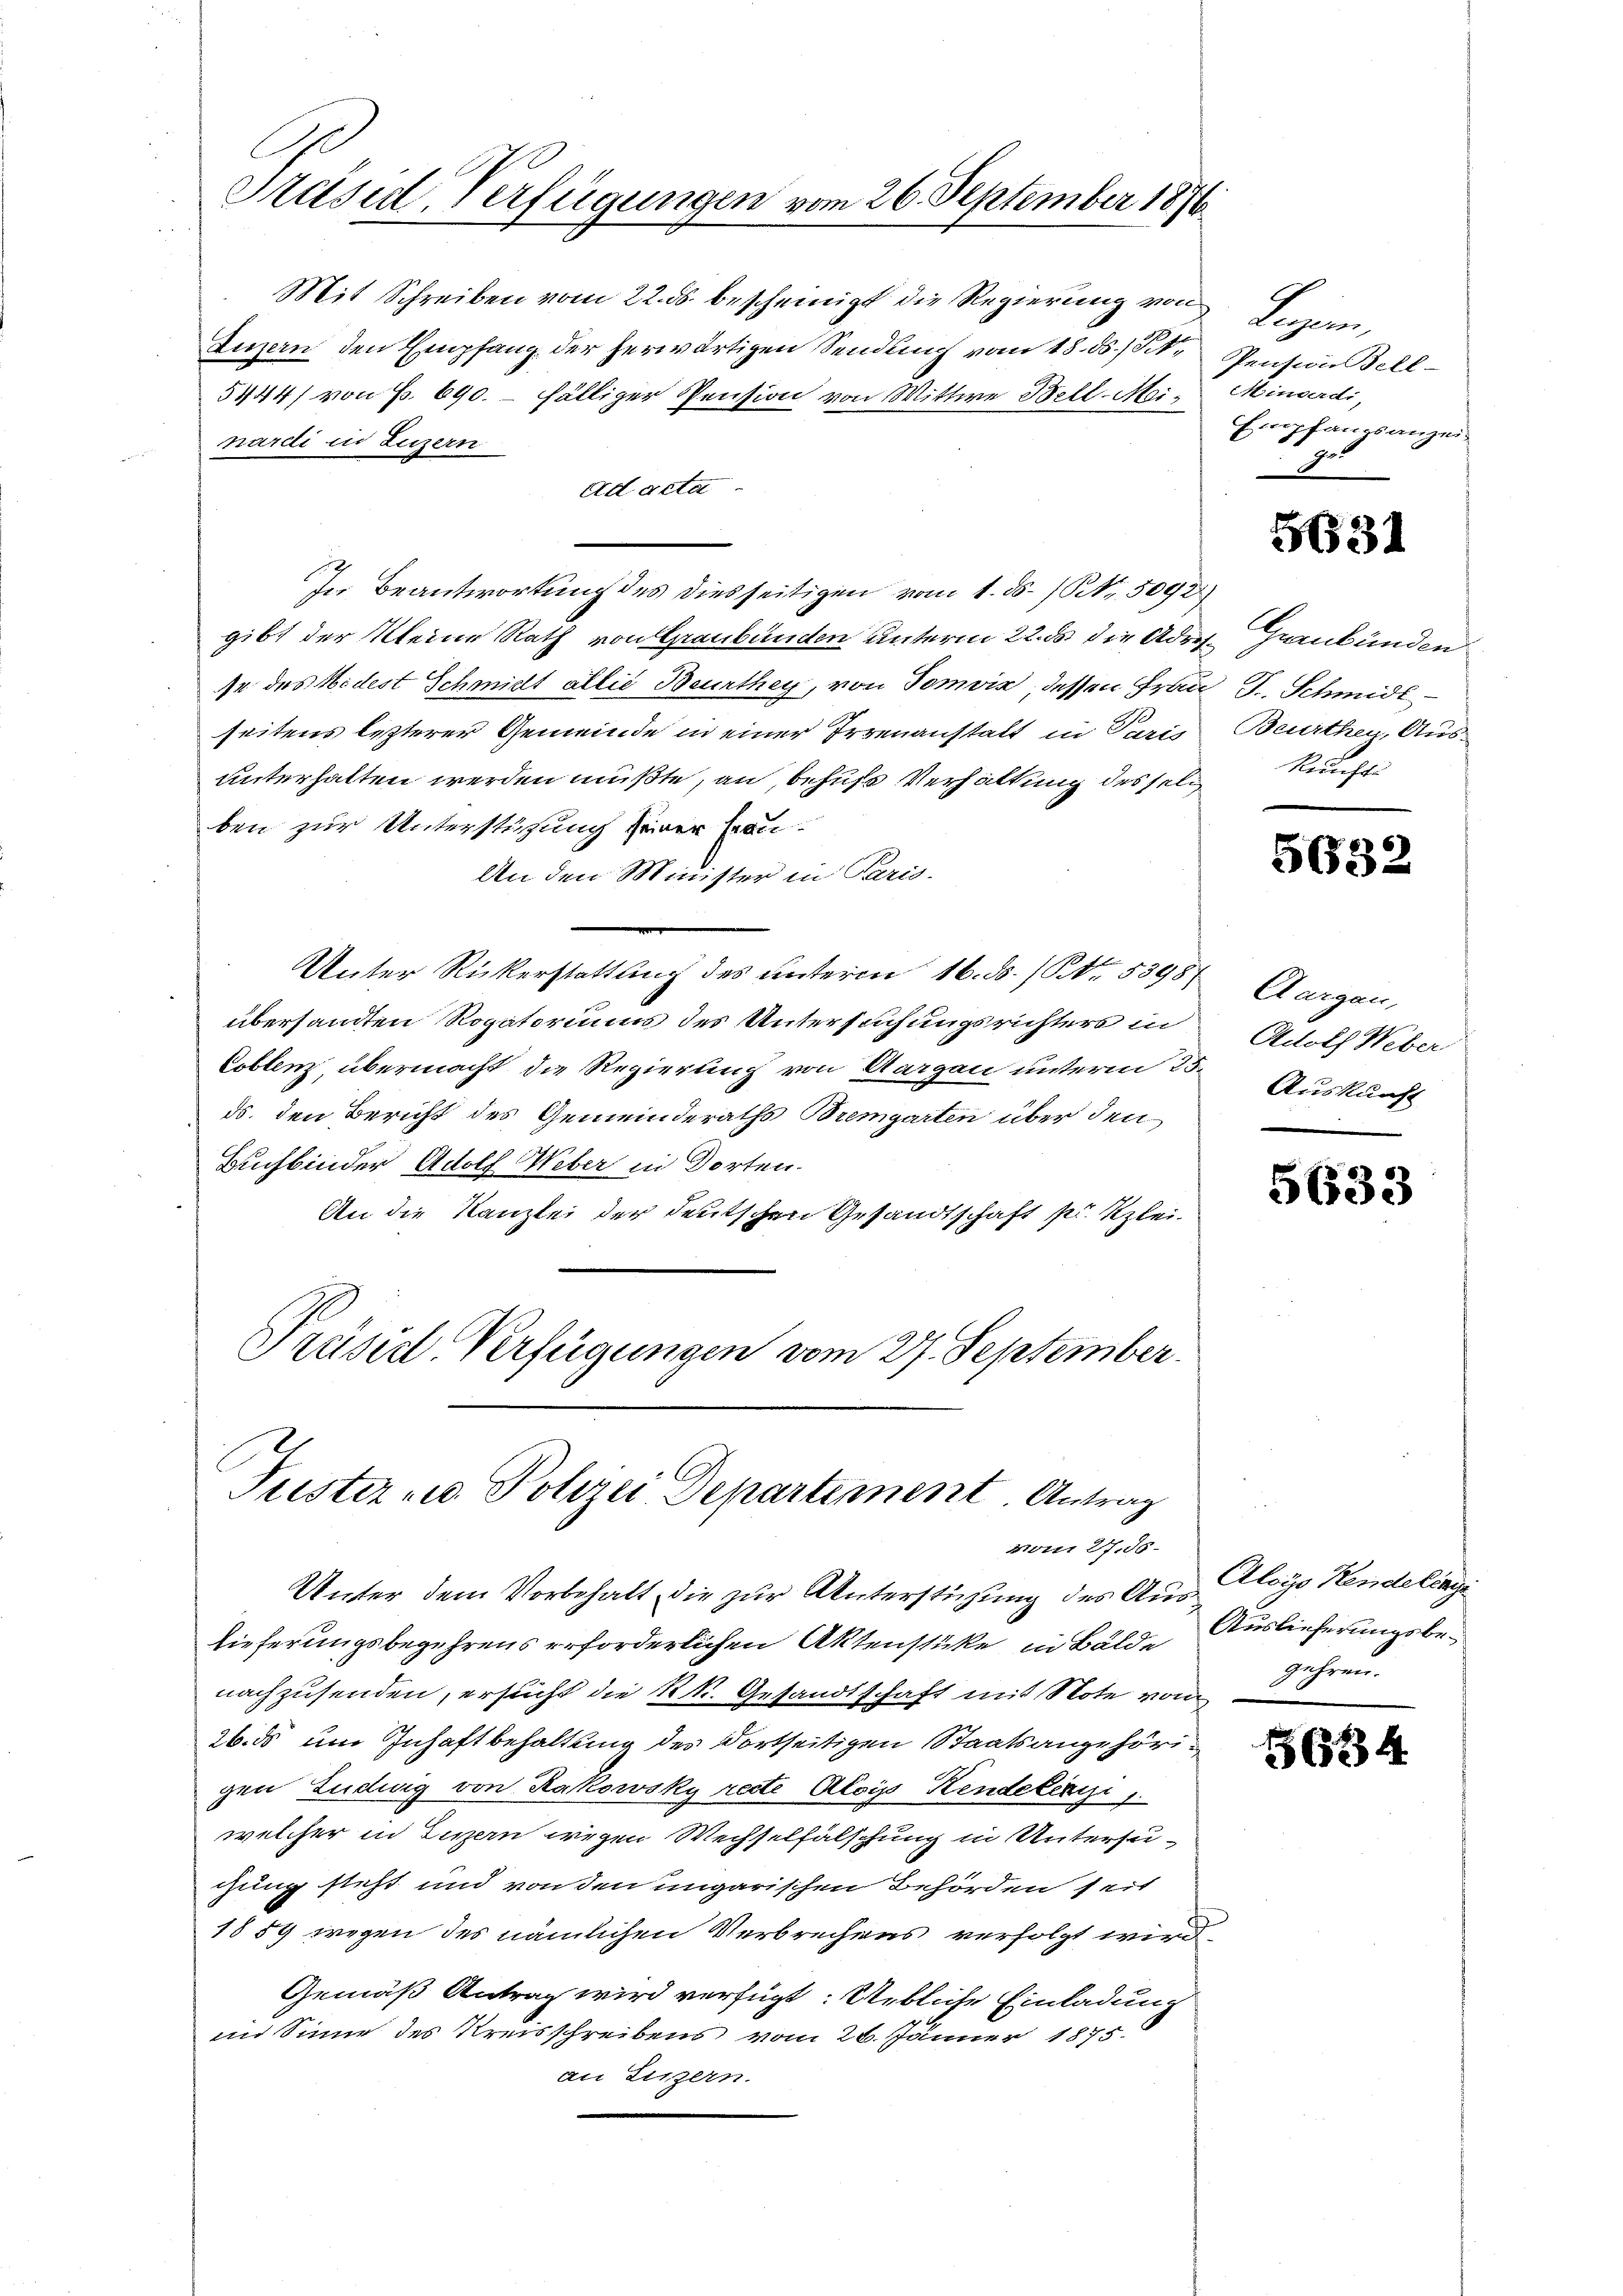
E
Präsid, Verfügungen vom 26. September 1876

Mit Schreiben vom 22. ds. bescheinigt die Regierung von Ingen,
Luzern den Empfang der herwärtigen Sendung vom 18. ds. / 5. Pension Bell¬
5444/ von Fr. 690. - fälliger Pension von Wittwe Bell-Mei- Minverdi,
nardi in Luzern
Ad acter
In Beantwortung des diesseitigen vom 1. ds. (Nr. 5092
gibt der Kleine Rath von Graubünden unterm 22. ds. die Adres. Graubünden
e des Nidest Schmidt allié Beurthey, von Tomoix dessen Frau P. Schmidt
seitens lezterer Gemeinde in einer Irrenanstalt in Paris
unterhalten werden müßte, an, behufs Verhaltung desseln Runse
ben zur Unterstüzung derer Con¬
An den Minister in Paris.
Unter Rickerstattung des unterm 16. ds. (Nr. 5898
übersandten Rogatoriums des Untersuchungsrichters in
Coblenz, übermacht die Regierung von Aargau unterm 25. Auskunft
ds. den Bericht des Gemeinderaths Bremgarten über den
Buchbinder Adolf Weber in Dorten.
An die Kanzlei der deutschen Gesandtschaft pr. Klei¬
Präsirt Verfügungen vom 27. September.

Frister - u. Polizei Departement. Antrag
vom 27. 85

Unter dem Vorbehalt die zur Unterstüzung des Auslieferungsbegehrens erforderlichen Aktenstücke in Bälde Auslieferungsbenachzusenden, ersucht die kk. Gesandtschaft mit Note vom
26. ds um Inhaftbehaltung des dortseitigen Staatsangehörigen Luduig von Kakowsky recte Alois Kindeleri
welcher in Luzern wegen Wechselfälschung in Untersuchung steht und von den ungarischen Behörden seit
1859 wegen des nämlichen Verbrechens verfolgt wird
Gemäß Antrag wird verfügt: Uebliche Einladung
im Sinne des Kreisschreibens vom 26. Jänner 1875.
an Luzern.

Empfangsanzei¬
70

5631

Beurthey, Aus¬

.
563.

Aargau,
Adolf Weber

5633

Aloÿs Kindelinge
gehren.

5684